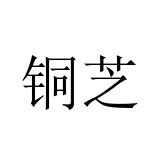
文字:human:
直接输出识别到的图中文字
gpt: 铜芝